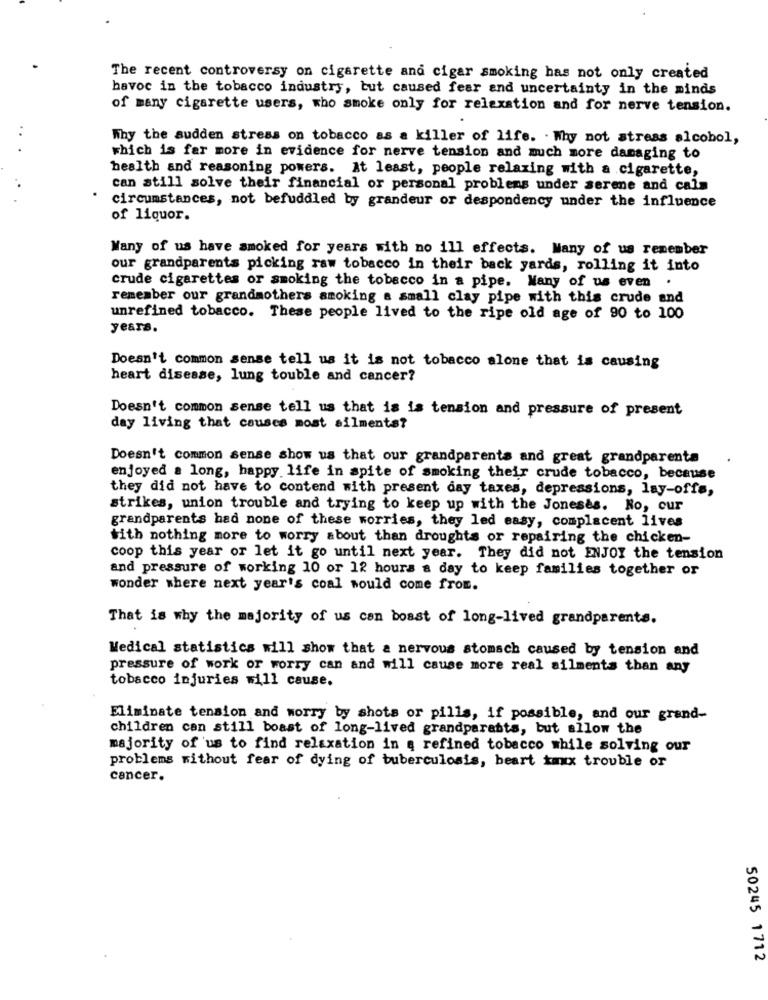
The recent controversy on cigarette and cigar smoking has not only created
havoc in the tobacco industry, but caused fear and uncertainty in the minds
of many cigarette users, who smoke only for relaxation and for nerve tension.
Why the sudden stress on tobacco as a killer of life. . Why not stress alcobol,
which is far more in evidence for nerve tension and much more damaging to
health and reasoning powers. At least, people relaxing with a cigarette,
can still solve their financial or personal problems under serene and calm
circumstances, not befuddled by grandeur or despondency under the influence
of liquor.
Wany of us have smoked for years with no ill effects. Many of us remember
our grandparents picking raw tobacco in their back yards, rolling it into
crude cigarettes or smoking the tobacco in a pipe. Many of us even
.
remember our grandmothers smoking a small clay pipe with this crude and
unrefined tobacco. These people lived to the ripe old age of 90 to 100
years.
Doesn't common sense tell us it is not tobacco alone that is causing
heart disease, lung touble and cancer?
Doesn't common sense tell us that is is tension and pressure of present
day living that causes most ailments?
Doesn't common sense show us that our grandparents and great grandparents
enjoyed a long, happy life in spite of smoking their crude tobacco, because
they did not have to contend with present day taxes, depressions, lay-offs,
strikes, union trouble and trying to keep up with the Joneses. No, cur
grandparents had none of these worries, they led easy, complacent lives
with nothing more to worry about than droughts or repairing the chicken-
coop this year or let it go until next year. They did not ENJOY the tension
and pressure of working 10 or 12 hours a day to keep families together or
wonder where next year's coal would come from.
That is why the majority of us can boast of long-lived grandparents.
Medical statistics will show that a nervous stomach caused by tension and
pressure of work or worry can and will cause more real ailments than any
tobacco injuries will cause.
Eliminate tension and worry by shots or pills, if possible, and our grand-
children can still boast of long-lived grandparabts, but allow the
majority of us to find relaxation in a refined tobacco while solving our
problems without fear of dying of tuberculosis, beart mx trouble or
cancer.
50245 1712